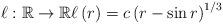
LaTeX: \begin{align*}\ell :\mathbb{R}\rightarrow \mathbb{R}\ell \left(r\right) =c\left( r-\sin r\right) ^{1/3} \end{align*}